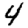
Digit: 4